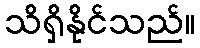
သိရှိနိုင်သည်။